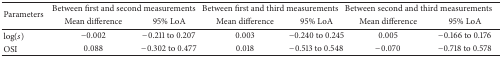
<table><thead><tr><td rowspan="2"><b>Parameters</b></td><td colspan="2"><b>Between first and second measurements</b></td><td colspan="2"><b>Between first and third measurements</b></td><td colspan="2"><b>Between second and third measurements</b></td></tr><tr><td><b>Mean difference</b></td><td><b>95% LoA</b></td><td><b>Mean difference</b></td><td><b>95% LoA</b></td><td><b>Mean difference</b></td><td><b>95% LoA</b></td></tr></thead><tbody><tr><td>log⁡(<i>s</i>)</td><td>−0.002</td><td>−0.211 to 0.207</td><td>0.003</td><td>−0.240 to 0.245</td><td>0.005</td><td>−0.166 to 0.176</td></tr><tr><td>OSI</td><td>0.088</td><td>−0.302 to 0.477</td><td>0.018</td><td>−0.513 to 0.548</td><td>−0.070</td><td>−0.718 to 0.578</td></tr></tbody></table>